Scottish Certificate of Education, 1962
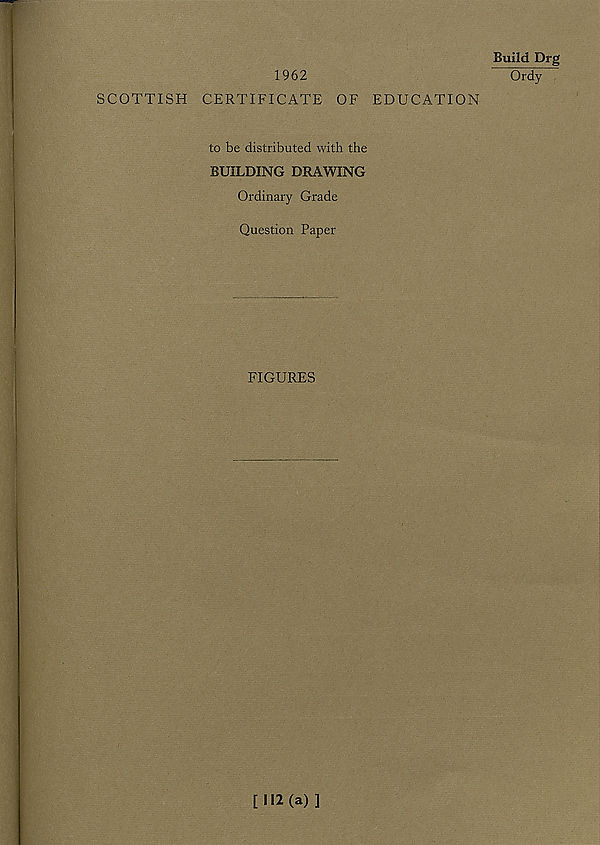
1962
SCOTTISH CERTIFICATE OF EDUCATION
to be distributed with the
BUILDING DRAWING
Ordinary Grade
Question Paper
FIGURES
Build Drg
Ordy
[112(a)]